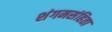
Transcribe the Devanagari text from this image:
शंगमसंहिता